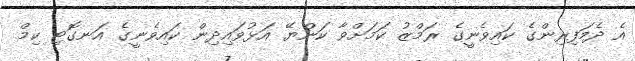
އެ ދެމަފިރިންގެ ކައިވެނީގެ ރަމްޒު ކަމަށްވާ ކަންޔޭ އަޅުވައިދިން ކައިވެނީގެ އަނގޮޓި ކިމް